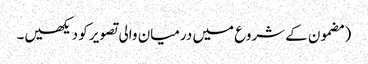
‏ (‏مضمون کے شروع میں درمیان والی تصویر کو دیکھیں۔